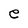
Character: e